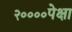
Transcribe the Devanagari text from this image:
२००००पेक्षा